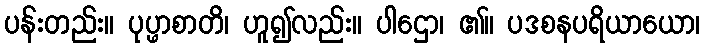
ပန်းတည်း။ ပုပ္ဖာစာတိ၊ ဟူ၍လည်း။ ပါဌော၊ ၏။ ပဒစနပရိယာယော၊